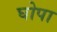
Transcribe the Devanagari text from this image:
घोपा